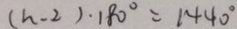
( n - 2 ) \cdot 1 8 0 ^ { \circ } = 1 4 4 0 ^ { \circ }